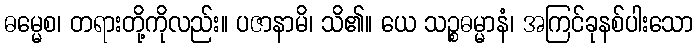
ဓမ္မေစ၊ တရားတို့ကိုလည်း။ ပဇာနာမိ၊ သိ၏။ ယေ သဉ္စဓမ္မာနံ၊ အကြင်ခုနစ်ပါးသော